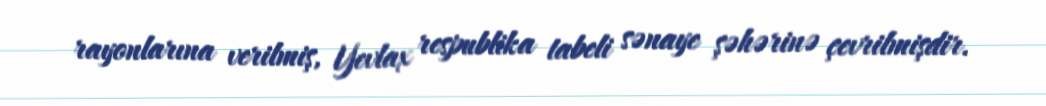
rayonlarına verilmiş, Yevlax respublika tabeli sənaye şəhərinə çevrilmişdir.